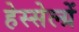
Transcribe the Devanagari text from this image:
हेस्सेल्ग्रें